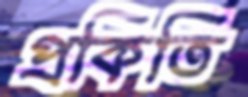
প্রকিতি